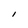
Character: I